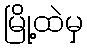
မြို့ထဲမှ